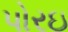
પોરઇ